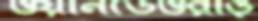
ওয়ানডেওরাঙ্